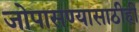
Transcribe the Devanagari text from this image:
जोपासण्यासाठीही